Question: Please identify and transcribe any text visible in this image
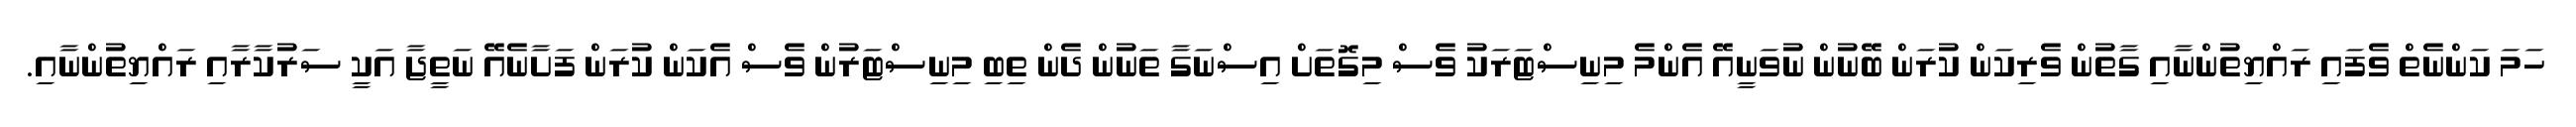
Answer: ހަމަ ކަންނެތް ވެފައި ރައްޔިތުންނާއި ގާތުން ވެރިކަން ކުރަން ބޭނުން ނުވަނީއޭ އެންމެ މިނިސްޓަރަކު ވެސް މިގޮތަށް އިސްނަގާ ތަނުން ދެން ތިބި މިނިސްޓަރުން ވެސް އެކަން ކުރަން ފަށާނެއޭ ނަތީޖާ އަކީ ސަރުކާރާއި ރައްޔިތުންނާއި.